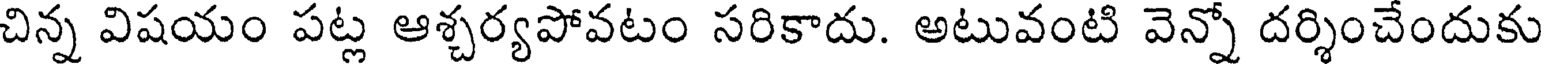
చిన్న విషయం పట్ల ఆశ్చర్యపోవటం సరికాదు. అటువంటి వెన్నో దర్శించేందుకు